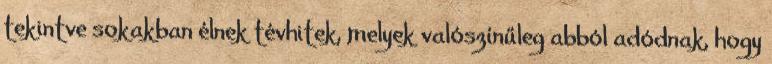
tekintve sokakban élnek tévhitek, melyek valószínűleg abból adódnak, hogy